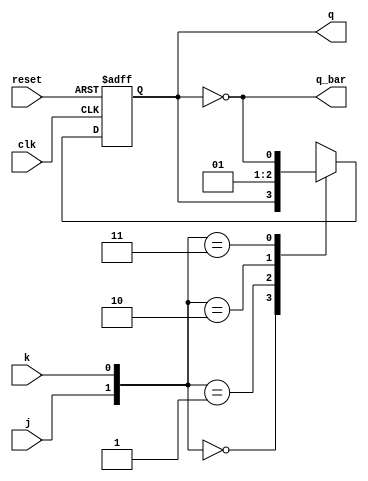
module JK_ff(q,q_bar,j,k,clk,reset);
input j,k;
input clk,reset;
output reg q;
output reg q_bar;
always @(posedge clk or posedge reset)
begin
if(reset) q<=1'b0;
else
begin
case({j,k})
2'b00 : q<=q;
2'b01 : q<=0;
2'b10 : q<=1;
2'b11 : q<=~q;
endcase
end
end
always@* q_bar=~q;
endmodule